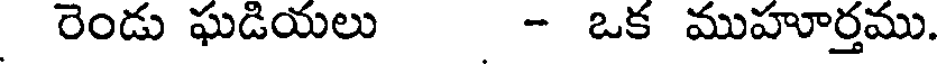
రెండు ఘడియలు - ఒక ముహూర్తము.